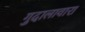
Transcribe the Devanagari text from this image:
गुदालावारा